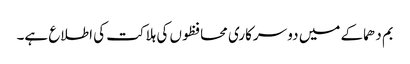
بم دھماکے میں دو سرکاری محافظوں کی ہلاکت کی اطلاع ہے۔